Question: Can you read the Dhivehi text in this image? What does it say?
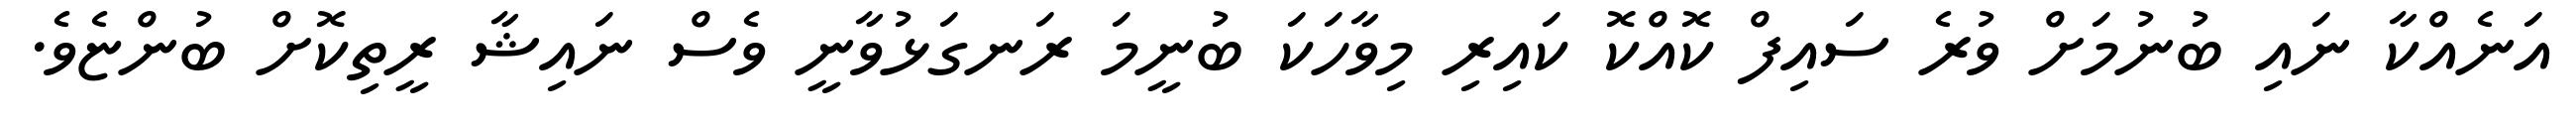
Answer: އަނެއްކާ ނައި ބުނުމަށް ވުރެ ސައިފް ކޮއްކޮ ކައިރި މިވާހަކަ ބުނީމަ ރަނގަޅުވާނީ ވެސް ނައިޝާ ރީތިކޮށް ބުންޏެވެ.